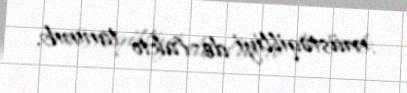
müstəqilliyi de-fakto tanınıb.